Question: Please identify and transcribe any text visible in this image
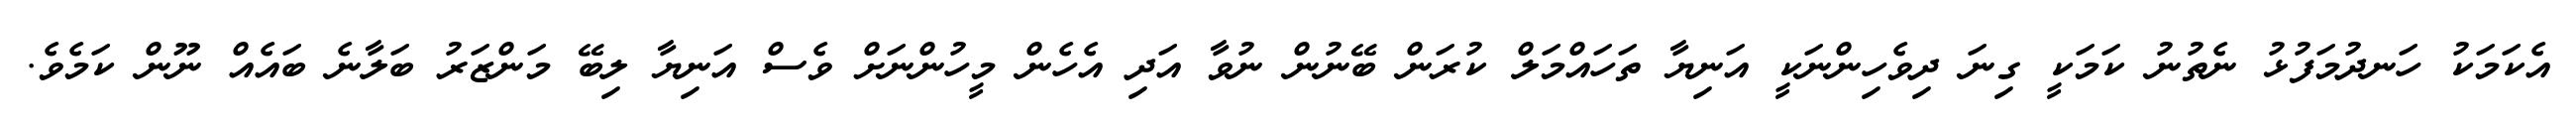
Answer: އެކަމަކު ހަނދުމަފުޅު ނެތުނު ކަމަކީ ގިނަ ދިވެހިންނަކީ އަނިޔާ ތަހައްމަލް ކުރަން ބޭނުން ނުވާ އަދި އެހެން މީހުންނަށް ވެސް އަނިޔާ ލިބޭ މަންޒަރު ބަލާނެ ބައެއް ނޫން ކަމެވެ.